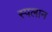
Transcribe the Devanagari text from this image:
स्पलान